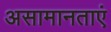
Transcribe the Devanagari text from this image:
असामानताएं